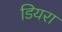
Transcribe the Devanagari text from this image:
डियरा